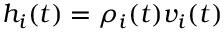
h _ { i } ( t ) = \rho _ { i } ( t ) v _ { i } ( t )